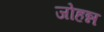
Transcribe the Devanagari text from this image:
जोहन्न